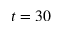
t = 3 0